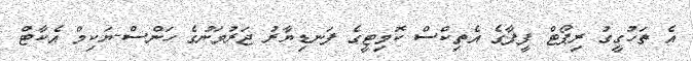
އެ ތަހުގީގު ރިޕޯޓް ފީފާގެ އެތިކްސް ކޮމިޓީގެ ފަނޑިޔާރު ޖަރުމަނުގެ ހަންސް-ޔަކިމް އެކާޓް